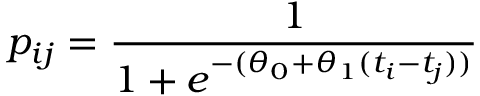
p _ { i j } = \frac { 1 } { 1 + e ^ { - ( \theta _ { 0 } + \theta _ { 1 } ( t _ { i } - t _ { j } ) ) } }